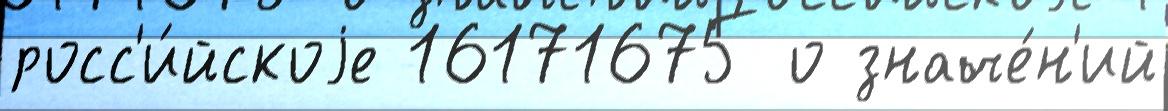
росс'и́йскоjе 16171675 о значе́н'ий